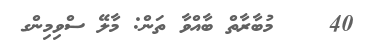
40    މުބާރާތް ބާއްވާ ތަން: މާލޭ ސްވިމިންގ